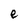
Character: e